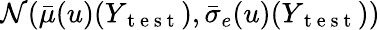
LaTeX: \mathcal{N}(\bar{\mu}(u)(Y_{\mathrm{~t~e~s~t~}}),\bar{\sigma}_{e}(u)(Y_{\mathrm{~t~e~s~t~}}))